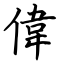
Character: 偉